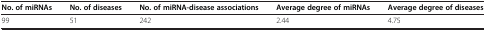
<table><thead><tr><td><b>No. of miRNAs</b></td><td><b>No. of diseases</b></td><td><b>No. of miRNA-disease associations</b></td><td><b>Average degree of miRNAs</b></td><td><b>Average degree of diseases</b></td></tr></thead><tbody><tr><td>99</td><td>51</td><td>242</td><td>2.44</td><td>4.75</td></tr></tbody></table>